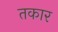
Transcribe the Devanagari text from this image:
तकार